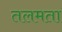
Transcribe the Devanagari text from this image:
तलमता